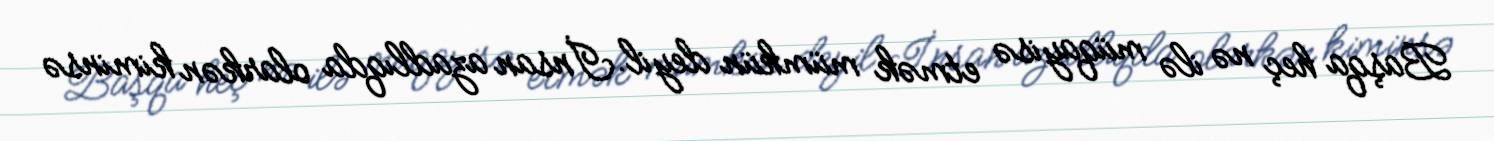
Başqa heç nə ilə müqayisə etmək mümkün deyil.İnsan azadlıqda olarkən kiminsə